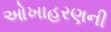
ઓખાહરણની